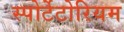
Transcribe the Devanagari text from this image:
स्पोर्टेटोरियम